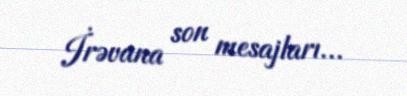
İrəvana son mesajları...